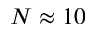
N \approx 1 0